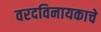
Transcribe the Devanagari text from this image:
वरदविनायकाचे